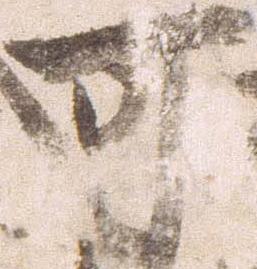
可